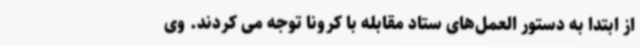
از ابتدا به دستور العمل‌های ستاد مقابله با کرونا توجه می کردند. وی